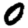
Digit: 0